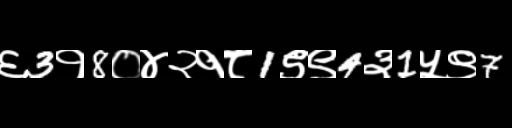
Text: ६3१8०४२१८1९९4३1५९7